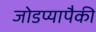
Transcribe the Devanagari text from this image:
जोडप्यापैकी